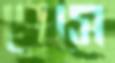
পেসে